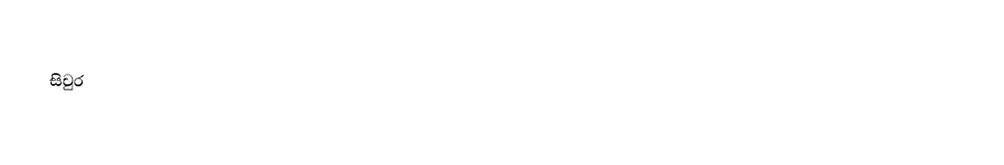
සිවුර